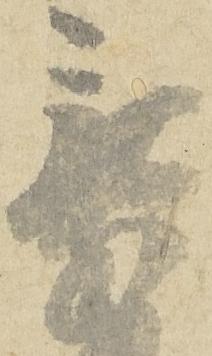
章